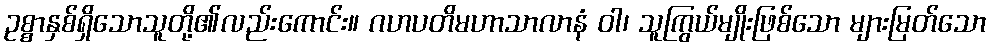
ဥစ္စာနှစ်ရှိသောသူတို့၏လည်းကောင်း။ ဂဟပတိမဟာသာလာနံ ဝါ၊ သူကြွယ်မျိုးဖြစ်သော များမြတ်သော